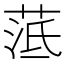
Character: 䓜